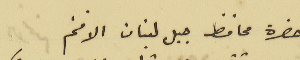
حضرة محافظ جبل لبنان الافخم